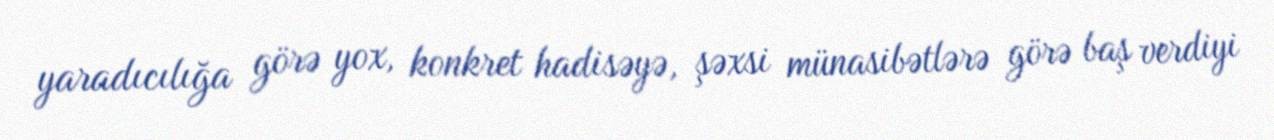
yaradıcılığa görə yox, konkret hadisəyə, şəxsi münasibətlərə görə baş verdiyi